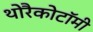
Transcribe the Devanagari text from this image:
थोरैकोटॉमी